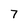
Character: 7